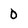
Character: 0